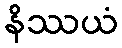
နိဿယံ